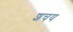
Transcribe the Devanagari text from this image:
शचय